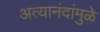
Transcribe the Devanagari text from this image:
अत्यानंदांमुळे